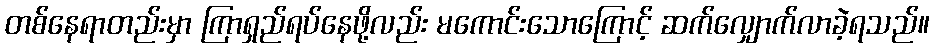
တစ်နေရာတည်းမှာ ကြာရှည်ရပ်နေဖို့လည်း မကောင်းသောကြောင့် ဆက်လျှောက်လာခဲ့ရသည်။